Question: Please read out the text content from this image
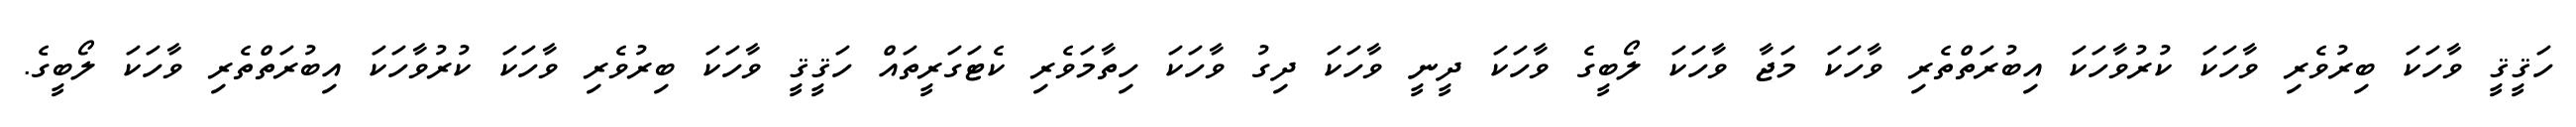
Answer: ހަޤީޤީ ވާހަކަ ބިރުވެރި ވާހަކަ ކުރުވާހަކަ އިބުރަތްތެރި ވާހަކަ މަޖާ ވާހަކަ ލޯބީގެ ވާހަކަ ދީނީ ވާހަކަ ދިގު ވާހަކަ ހިތާމަވެރި ކެޓަގަރީތައް ހަޤީޤީ ވާހަކަ ބިރުވެރި ވާހަކަ ކުރުވާހަކަ އިބުރަތްތެރި ވާހަކަ ލޯބީގެ.